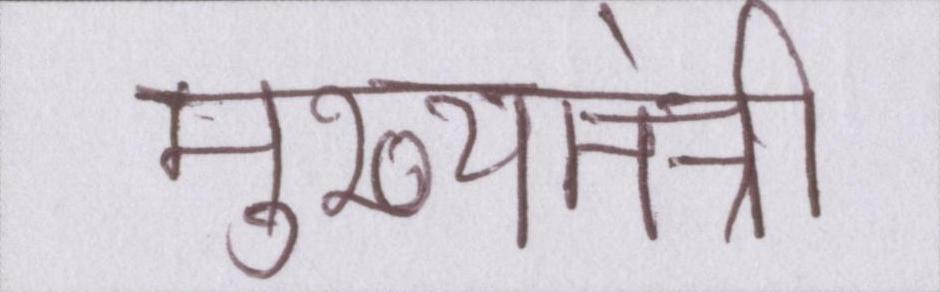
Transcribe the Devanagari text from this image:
मुख्यमंत्री